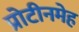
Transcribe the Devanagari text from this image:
प्रोटीनमेह